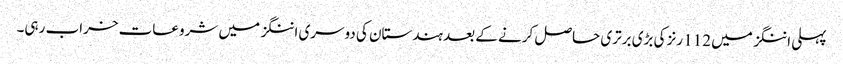
پہلی اننگز میں 112 رنز کی بڑی برتری حاصل کرنے کے بعد ہندستان کی دوسری اننگز میں شروعات خراب رہی۔